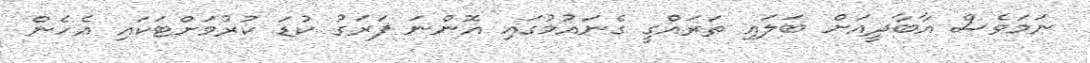
ނަމަވެސް އާބާދީއަށް ބަލައި ތަރައްގީ ގެނައުމުގައި އޮންނަ ފަރަގު ކުޑަ ކުރުމަށްޓަކައި އެހެން